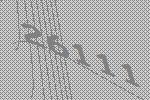
26111